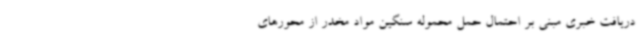
دریافت خبری مبنی بر احتمال حمل محموله سنگین مواد مخدر از محورهای